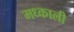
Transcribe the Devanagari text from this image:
मध्काली